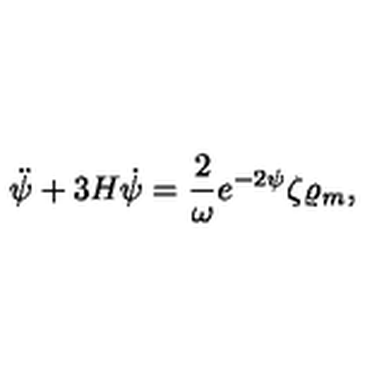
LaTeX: \ddot { \psi } + 3 H \dot { \psi } = { \frac { 2 } { \omega } } e ^ { - 2 \psi } \zeta \varrho _ { m } ,